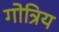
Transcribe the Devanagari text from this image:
गोत्रिय